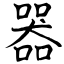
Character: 器